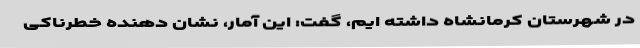
در شهرستان کرمانشاه داشته ایم، گفت: این آمار، نشان دهنده خطرناکی